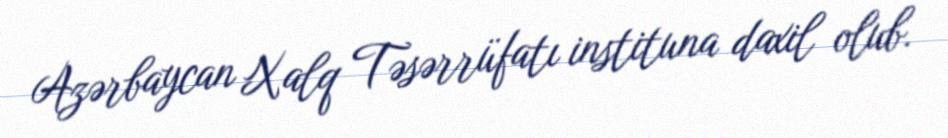
Azərbaycan Xalq Təsərrüfatı instituna daxil olub.